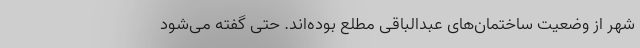
شهر از وضعیت ساختمان‌های عبدالباقی مطلع بوده‌اند. حتی گفته می‌شود